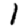
Digit: 1